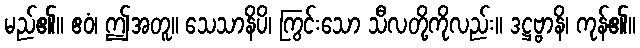
မည်၏။ ဧဝံ၊ ဤအတူ။ သေသာနိပိ၊ ကြွင်းသော သီလတို့ကိုလည်း။ ဒဋ္ဌဗ္ဗာနိ၊ ကုန်၏။